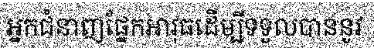
អ្នកជំនាញផ្នែកអាវុធដើម្បីទទួលបាននូវ